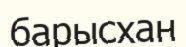
барысхан